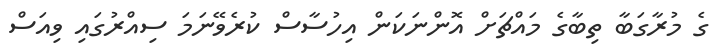
ގެ މުރާގަބާ ތިބާގެ މައްޗަށް އޮންނަކަން އިހުސާސް ކުރެވޭނަމަ ސިއްރުގައި ވިއަސް